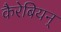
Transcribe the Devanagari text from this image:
कैरेबियन्